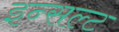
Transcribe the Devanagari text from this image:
इन्सल्ट